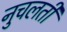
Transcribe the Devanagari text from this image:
नुचलती